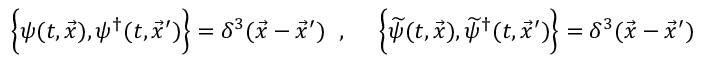
\left\{ \psi ( t , \vec { x } ) , \vphantom { \int } \psi ^ { \dagger } ( t , \vec { x } ^ { \prime } ) \right\} = \delta ^ { 3 } ( \vec { x } - \vec { x } ^ { \prime } ) \; \; , \; \; \; \; \; \left\{ \widetilde { \psi } ( t , \vec { x } ) , \vphantom { \int } \widetilde { \psi } ^ { \dagger } ( t , \vec { x } ^ { \prime } ) \right\} = \delta ^ { 3 } ( \vec { x } - \vec { x } ^ { \prime } ) \;